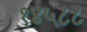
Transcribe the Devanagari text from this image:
१४५८८